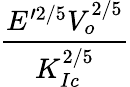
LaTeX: \frac{E^{\prime 2/5}V_{o}^{2/5}}{K_{Ic}^{2/5}}